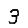
Digit: 3